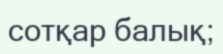
сотқар балық;